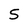
Character: 5